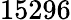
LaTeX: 15296